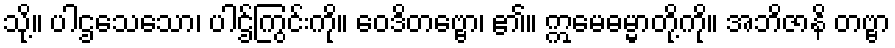
သို့။ ပါဌသေသော၊ ပါဌ်ကြွင်းကို။ ဝေဒိတဗ္ဗော၊ ၏။ ဣမေဓမ္မာတို့ကို။ အဘိဇာနိ တဗ္ဗာ